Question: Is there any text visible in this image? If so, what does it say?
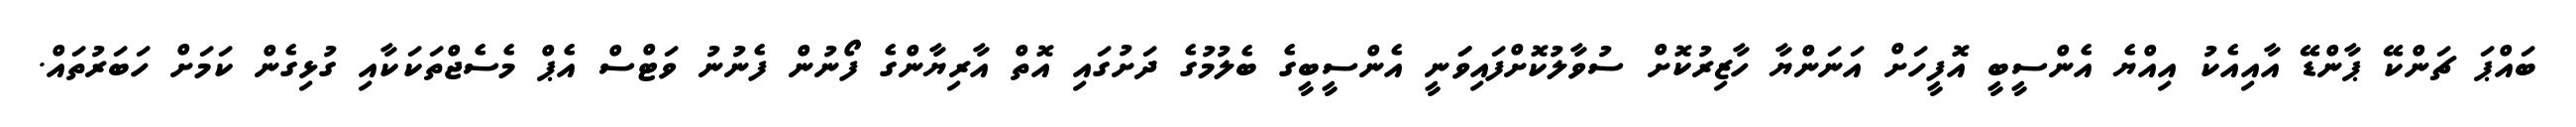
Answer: ބައްޕަ ޗަންކޭ ޕާންޑޭ އާއިއެކު އިއްޔެ އެންސީބީ އޮފީހަށް އަނަންޔާ ހާޒިރުކޮށް ސުވާލުކޮށްފައިވަަނީ އެންސީބީގެ ބެލުމުގެ ދަށުގައި އޮތް އާރިޔާންގެ ފޯނުން ފެނުނު ވަޓްސް އެޕް މެސެޖްތަކަކާއި ގުޅިގެން ކަމަށް ހަބަރުތައް.